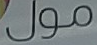
مول